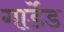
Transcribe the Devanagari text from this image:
गार्डेड